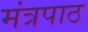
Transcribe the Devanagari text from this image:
मंत्रपाठ